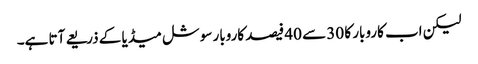
لیکن اب کاروبار کا 30 سے 40 فیصد کاروبار سوشل میڈیا کے ذریعے آتا ہے۔